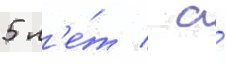
5 л'е́т / а́